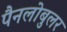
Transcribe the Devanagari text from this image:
पैनलोबुलर